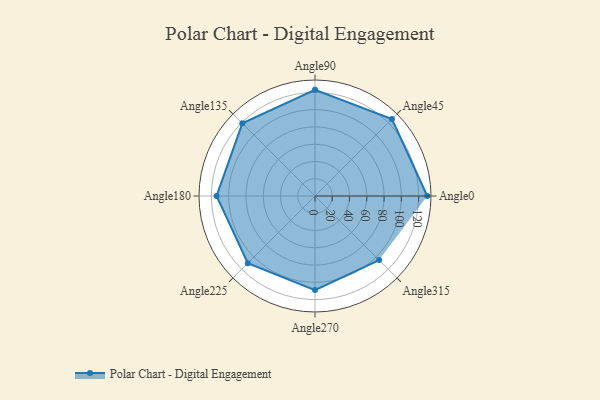
{"axis": {"x": "Angle", "y": "Radius"}, "legend": [""], "data": [{"x": "Angle0", "y": 130.0, "type": ""}, {"x": "Angle45", "y": 126.0, "type": ""}, {"x": "Angle90", "y": 123.0, "type": ""}, {"x": "Angle135", "y": 119.0, "type": ""}, {"x": "Angle180", "y": 114.0, "type": ""}, {"x": "Angle225", "y": 110.0, "type": ""}, {"x": "Angle270", "y": 109.0, "type": ""}, {"x": "Angle315", "y": 105.0, "type": ""}]}